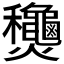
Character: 𬋢